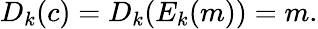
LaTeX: D_{k}(c)=D_{k}(E_{k}(m))=m.